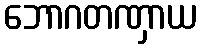
ဘောဂတဏှာယ